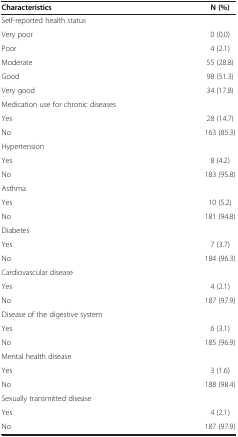
| Characteristics | N (%) |
 | --- | --- |
 | Self-reported health status |  |
 | Very poor | 0 (0.0) |
 | Poor | 4 (2.1) |
 | Moderate | 55 (28.8) |
 | Good | 98 (51.3) |
 | Very good | 34 (17.8) |
 | Medication use for chronic diseases |  |
 | Yes | 28 (14.7) |
 | No | 163 (85.3) |
 | Hypertension |  |
 | Yes | 8 (4.2) |
 | No | 183 (95.8) |
 | Asthma |  |
 | Yes | 10 (5.2) |
 | No | 181 (94.8) |
 | Diabetes |  |
 | Yes | 7 (3.7) |
 | No | 184 (96.3) |
 | Cardiovascular disease |  |
 | Yes | 4 (2.1) |
 | No | 187 (97.9) |
 | Disease of the digestive system |  |
 | Yes | 6 (3.1) |
 | No | 185 (96.9) |
 | Mental health disease |  |
 | Yes | 3 (1.6) |
 | No | 188 (98.4) |
 | Sexually transmitted disease |  |
 | Yes | 4 (2.1) |
 | No | 187 (97.9) |